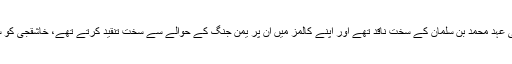
واضح رہے کہ سعودی صحافی جمال خاشقجی سعودی ولی عہد محمد بن سلمان کے سخت ناقد تھے اور اپنے کالمز میں ان پر یمن جنگ کے حوالے سے سخت تنقید کرتے تھے، خاشقجی کو سعودی ولی عہد کے کہنے پر بھی قتل کرنے کا الزام ہے۔